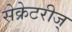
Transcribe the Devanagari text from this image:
सेक्रेटरीज्